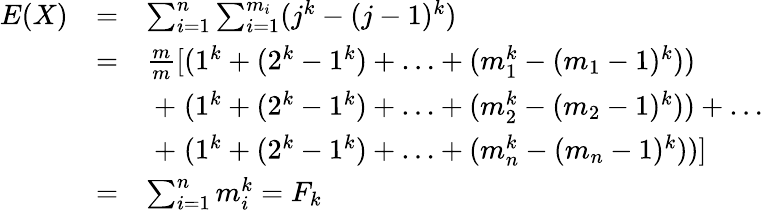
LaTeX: {\begin{array}{lll}{E(X)}&{=}&{\sum_{i=1}^{n}\sum_{i=1}^{m_{i}}(j^{k}-(j-1)^{k})}\\ &{=}&{{\frac{m}{m}}[(1^{k}+(2^{k}-1^{k})+\ldots+(m_{1}^{k}-(m_{1}-1)^{k}))}\\ &&{\; +\; (1^{k}+(2^{k}-1^{k})+\ldots+(m_{2}^{k}-(m_{2}-1)^{k}))+\ldots}\\ &&{\; +\; (1^{k}+(2^{k}-1^{k})+\ldots+(m_{n}^{k}-(m_{n}-1)^{k}))]}\\ &{=}&{\sum_{i=1}^{n}m_{i}^{k}=F_{k}}\end{array}}